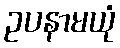
ဥပနာမယုံ